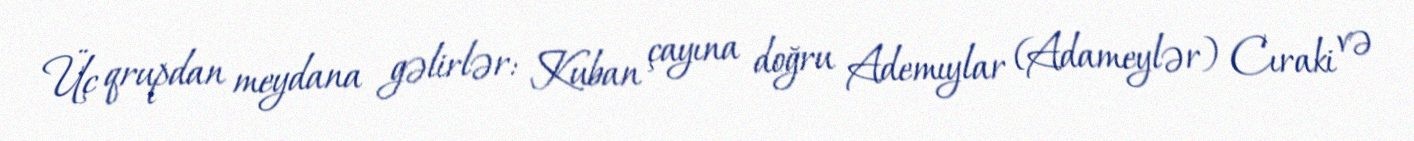
Üç qrupdan meydana gəlirlər: Kuban çayına doğru Ademıylar (Adameylər) Cıraki və